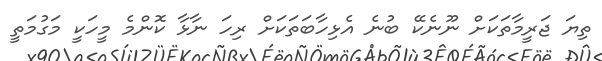
ތިޔަ ޖަރީމާތަކަށް ނޫނެކޭ ބުނެ އެޅިހާބަތަކަށް ރިހަ ނާޅާ ކޮންމެ މީހަކީ މަގުމަތީ